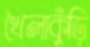
খৈলাকুঁড়ি